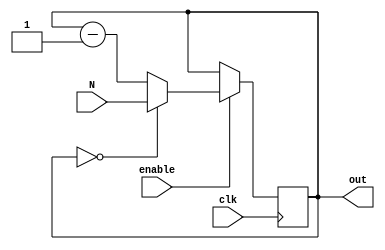
module ModuloNDownCounter (
  input wire clk,
  input wire enable,
  input wire [7:0] N,
  output reg [7:0] out
);

always @(posedge clk) begin
  if(enable) begin
    if(out == 0)
      out <= N;
    else
      out <= out - 1;
  end
end

endmodule